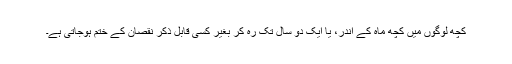
کچھ لوگوں میں کچھ ماہ کے اندر، یا ایک دو سال تک رہ کر بغیر کسی قابلِ ذکر نقصان کے ختم ہوجاتی ہے۔